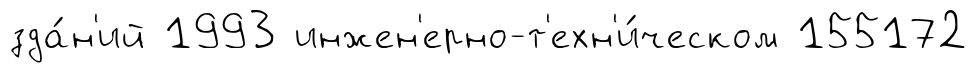
зда́н'ий 1993 инжен'ерно-т'ехн'и́ческом 155172